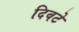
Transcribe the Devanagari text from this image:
दिवटे